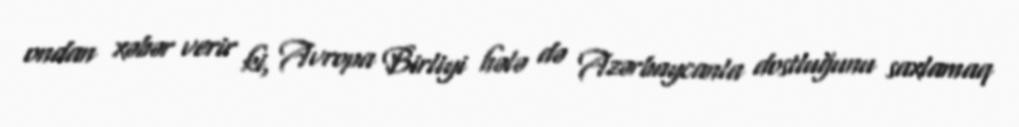
ondan xəbər verir ki, Avropa Birliyi hələ də Azərbaycanla dostluğunu saxlamaq